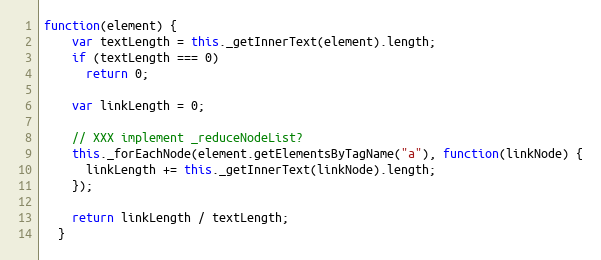
Language: JavaScript
function(element) {
    var textLength = this._getInnerText(element).length;
    if (textLength === 0)
      return 0;

    var linkLength = 0;

    // XXX implement _reduceNodeList?
    this._forEachNode(element.getElementsByTagName("a"), function(linkNode) {
      linkLength += this._getInnerText(linkNode).length;
    });

    return linkLength / textLength;
  }